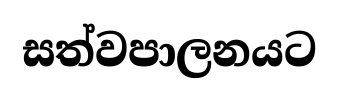
සත්වපාලනයට